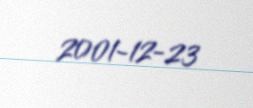
2001-12-23